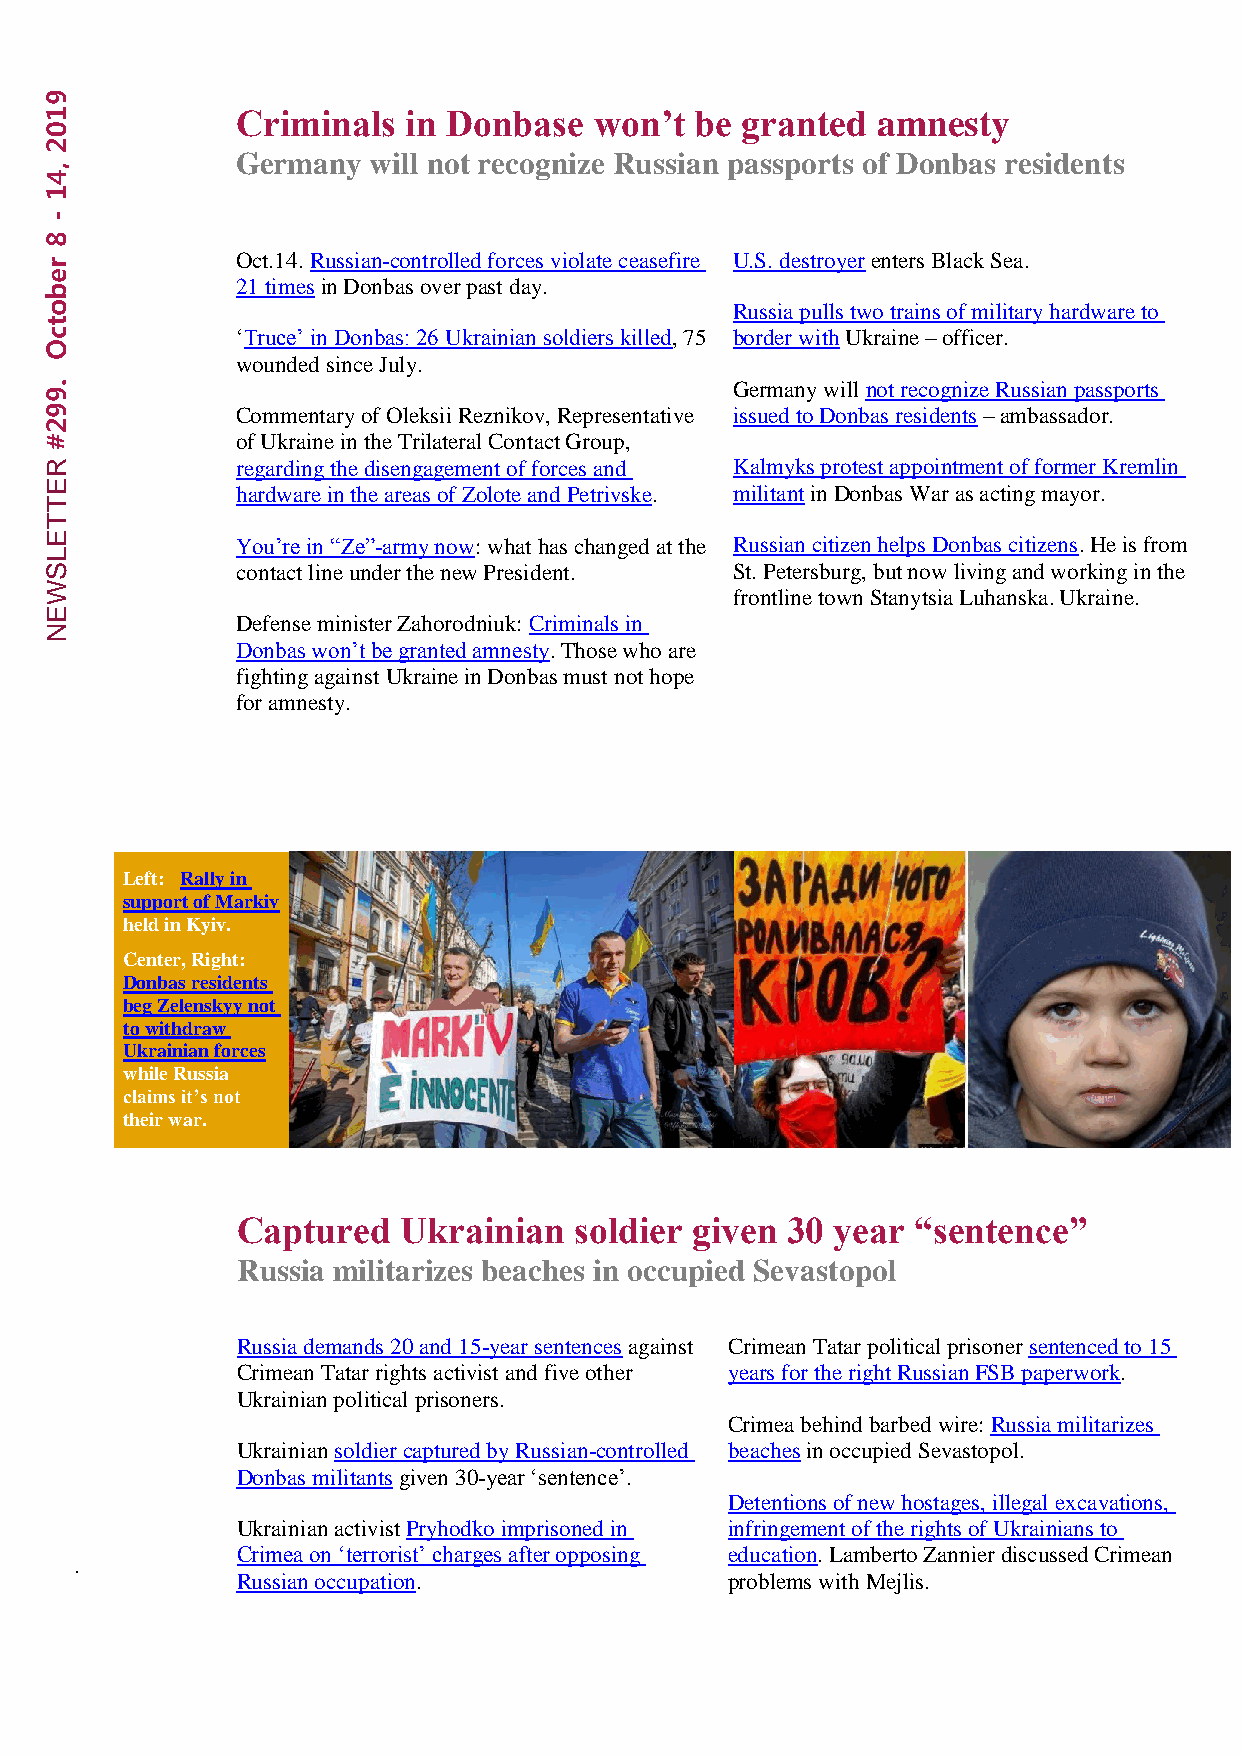
9
 1            Criminals  in Donbase  won’t  be granted  amnesty
 0
 2
 Germany  will not recognize Russian passports of Donbas residents
 ,
 4
 1
 -
 8
 Oct.14. Russian-controlled forces violate ceasefire U.S. destroyer enters Black Sea.
 er
 b            21 times in Donbas over past day.
 o                                            Russia pulls two trains of military hardware to
 t
 c            ‘Truce’ in Donbas: 26 Ukrainian soldiers killed, 75 border with Ukraine – officer.
 O
 wounded since July.
 .                                            Germany will not recognize Russian passports
 9
 9            Commentary of Oleksii Reznikov, Representative issued to Donbas residents – ambassador.
 2
 #            of Ukraine in the Trilateral Contact Group,
 R            regarding the disengagement of forces and Kalmyks protest appointment of former Kremlin
 E            hardware in the areas of Zolote and Petrivske. militant in Donbas War as acting mayor.
 T
 T
 E            You’re in “Ze”-army now: what has changed at the Russian citizen helps Donbas citizens. He is from
 L
 S            contact line under the new President. St. Petersburg, but now living and working in the
 W
 frontline town Stanytsia Luhanska. Ukraine.
 E
 Defense minister Zahorodniuk: Criminals in
 N
 Donbas won’t be granted amnesty. Those who are
 fighting against Ukraine in Donbas must not hope
 for amnesty.
 Left: Rally in
 support of Markiv
 held in Kyiv.
 Center, Right:
 Right:
 Donbas residents
 beg Zelenskyy not
 to withdraw
 Ukrainian forces
 while Russia
 claims it’s not
 their war.
 Captured   Ukrain ian soldier given 30 year  “sentence”
 Russia militarizes beaches in occupied Sevastopol
 Russia demands 20 and 15-year sentences against Crimean Tatar political prisoner sentenced to 15
 Crimean Tatar rights activist and five other years for the right Russian FSB paperwork.
 Ukrainian political prisoners.
 Crimea behind barbed wire: Russia militarizes
 Ukrainian so ldier captured by Russian-controlled beaches in occupied Sevastopol.
 Donbas militants given 30-year ‘sentence’.
 Detentions of new hostages, illegal excavations,
 Ukrainian activist Pryhodko imprisoned in infringement of the rights of Ukrainians to
 Crimea on ‘terrorist’ charges after opposing education. Lamberto Zannier discussed Crimean
 .
 Russian occupation.             problems with Mejlis.